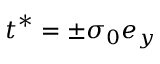
\boldsymbol { t } ^ { * } = \pm { \sigma } _ { 0 } \boldsymbol { e } _ { y }